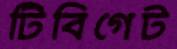
টিবিগেট